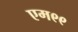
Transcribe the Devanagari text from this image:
एम९९